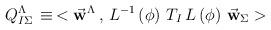
LaTeX: \begin{align*}Q_{I\Sigma}^{\Lambda} \, \equiv \,< {\vec {\bf w}}^\Lambda \, , \, L^{-1}\left(\phi\right) \, T_I \, L\left(\phi\right) \, {\vec {\bf w}}_\Sigma > \end{align*}